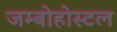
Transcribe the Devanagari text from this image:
जम्बोहोस्टल